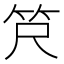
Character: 𫁶